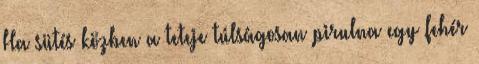
Ha sütés közben a teteje túlságosan pirulna egy fehér